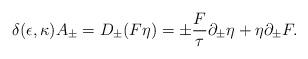
LaTeX: \begin{align*}\delta (\epsilon, \kappa) A_\pm = D_\pm (F\eta) = \pm{F\over \tau}\partial_{\pm} \eta + \eta \partial_{\pm} F.\end{align*}